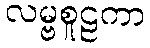
လမ္ဗစူဠကာ